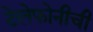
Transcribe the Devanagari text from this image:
टेलेफोनीची